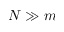
N \gg m